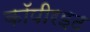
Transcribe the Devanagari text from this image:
कॉपीरइट